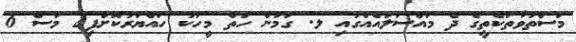
މަސްތުވާތަކެތީގެ ދެ މައްސަލައެއްގައި ލ. ގަމުން ހަތް މީހަކު ހައްޔަރުކޮށްފި2 މަސް 6